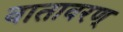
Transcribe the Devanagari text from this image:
वातावरण्